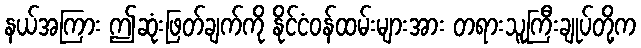
နယ်အကြား ဤဆုံးဖြတ်ချက်ကို နိုင်ငံဝန်ထမ်းများအား တရားသူကြီးချုပ်တို့က